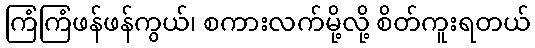
ကြံကြံဖန်ဖန်ကွယ်၊ စကားလက်မို့လို့ စိတ်ကူးရတယ်